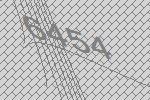
6454